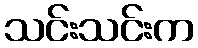
သင်းသင်းက